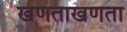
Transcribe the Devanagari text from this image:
खणताखणता